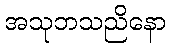
အသုဘသညိနော